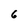
Character: 6